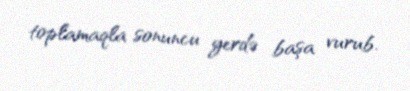
toplamaqla sonuncu yerdə başa vurub.